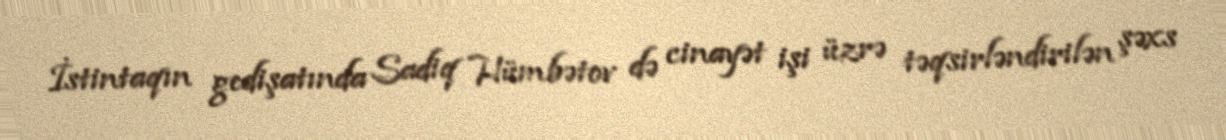
İstintaqın gedişatında Sadiq Hümbətov də cinayət işi üzrə təqsirləndirilən şəxs